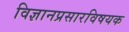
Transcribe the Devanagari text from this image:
विज्ञानप्रसारविषयक